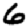
Digit: 6